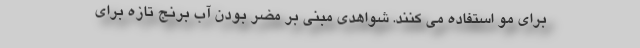
برای مو استفاده می کنند. شواهدی مبنی بر مضر بودن آب برنج تازه برای